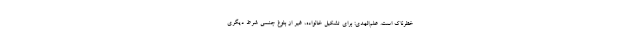
خطرناک است. علم‌الهدی: برای تشکیل خانواده، غیر از بلوغ جنسی شرط دیگری